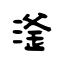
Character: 滏